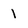
Character: 1